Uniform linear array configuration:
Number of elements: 64
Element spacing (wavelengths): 0.5
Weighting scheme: exponential
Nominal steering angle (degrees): -30
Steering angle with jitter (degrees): -29.851
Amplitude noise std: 0.05
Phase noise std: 0.05

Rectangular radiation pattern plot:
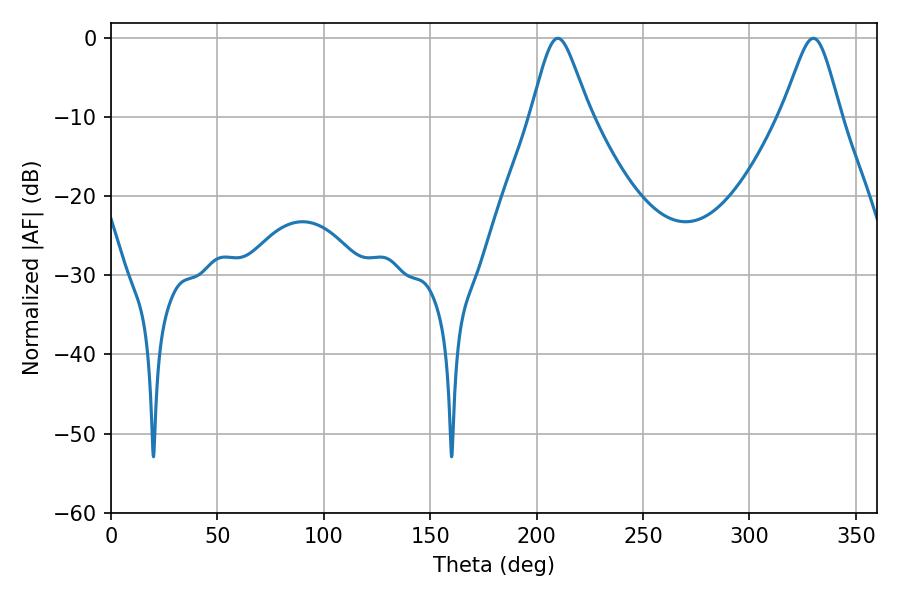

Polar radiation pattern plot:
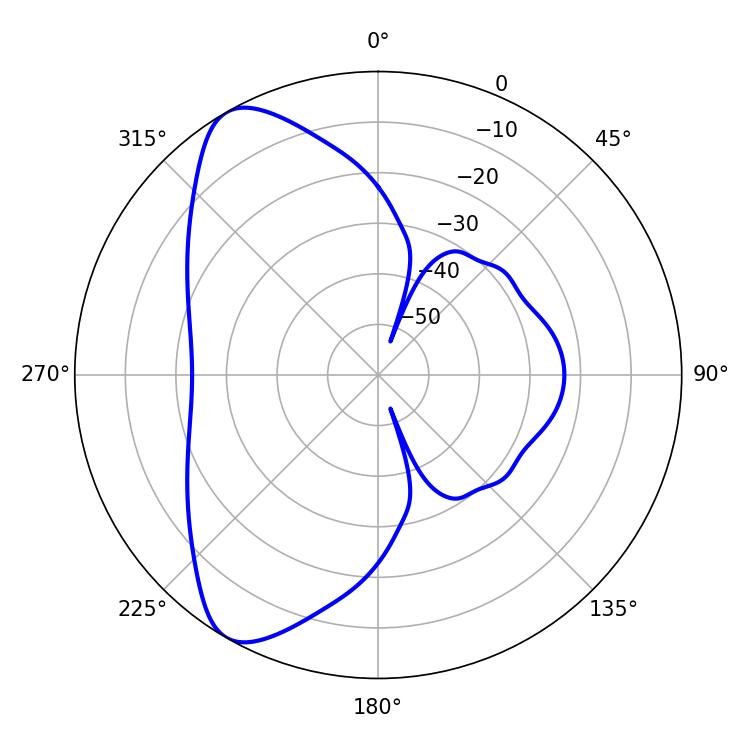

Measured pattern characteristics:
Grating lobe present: FALSE
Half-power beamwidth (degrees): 13.32
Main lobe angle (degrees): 209.88